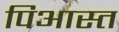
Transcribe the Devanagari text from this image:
पिआस्त